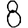
Digit: 8